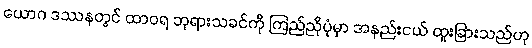
ယောဂ ဒဿနတွင် ထာဝရ ဘုရားသခင်ကို ကြည်ညိုပုံမှာ အနည်းငယ် ထူးခြားသည်ဟု